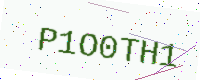
Text: P1O0TH1